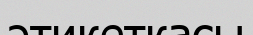
этикеткасы